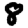
Digit: 8